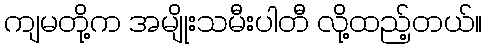
ကျမတို့က အမျိုးသမီးပါတီ လို့ထည့်တယ်။